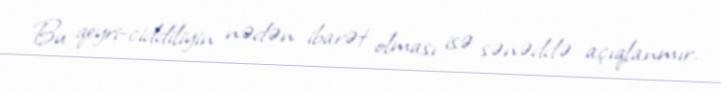
Bu qeyri-ciddiliyin nədən ibarət olması isə sənəddə açıqlanmır.